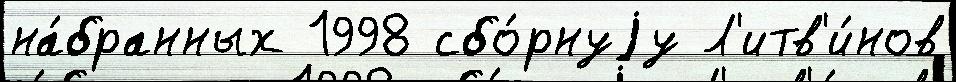
на́бранных 1998 сбо́рнуjу Л'итв'и́нов